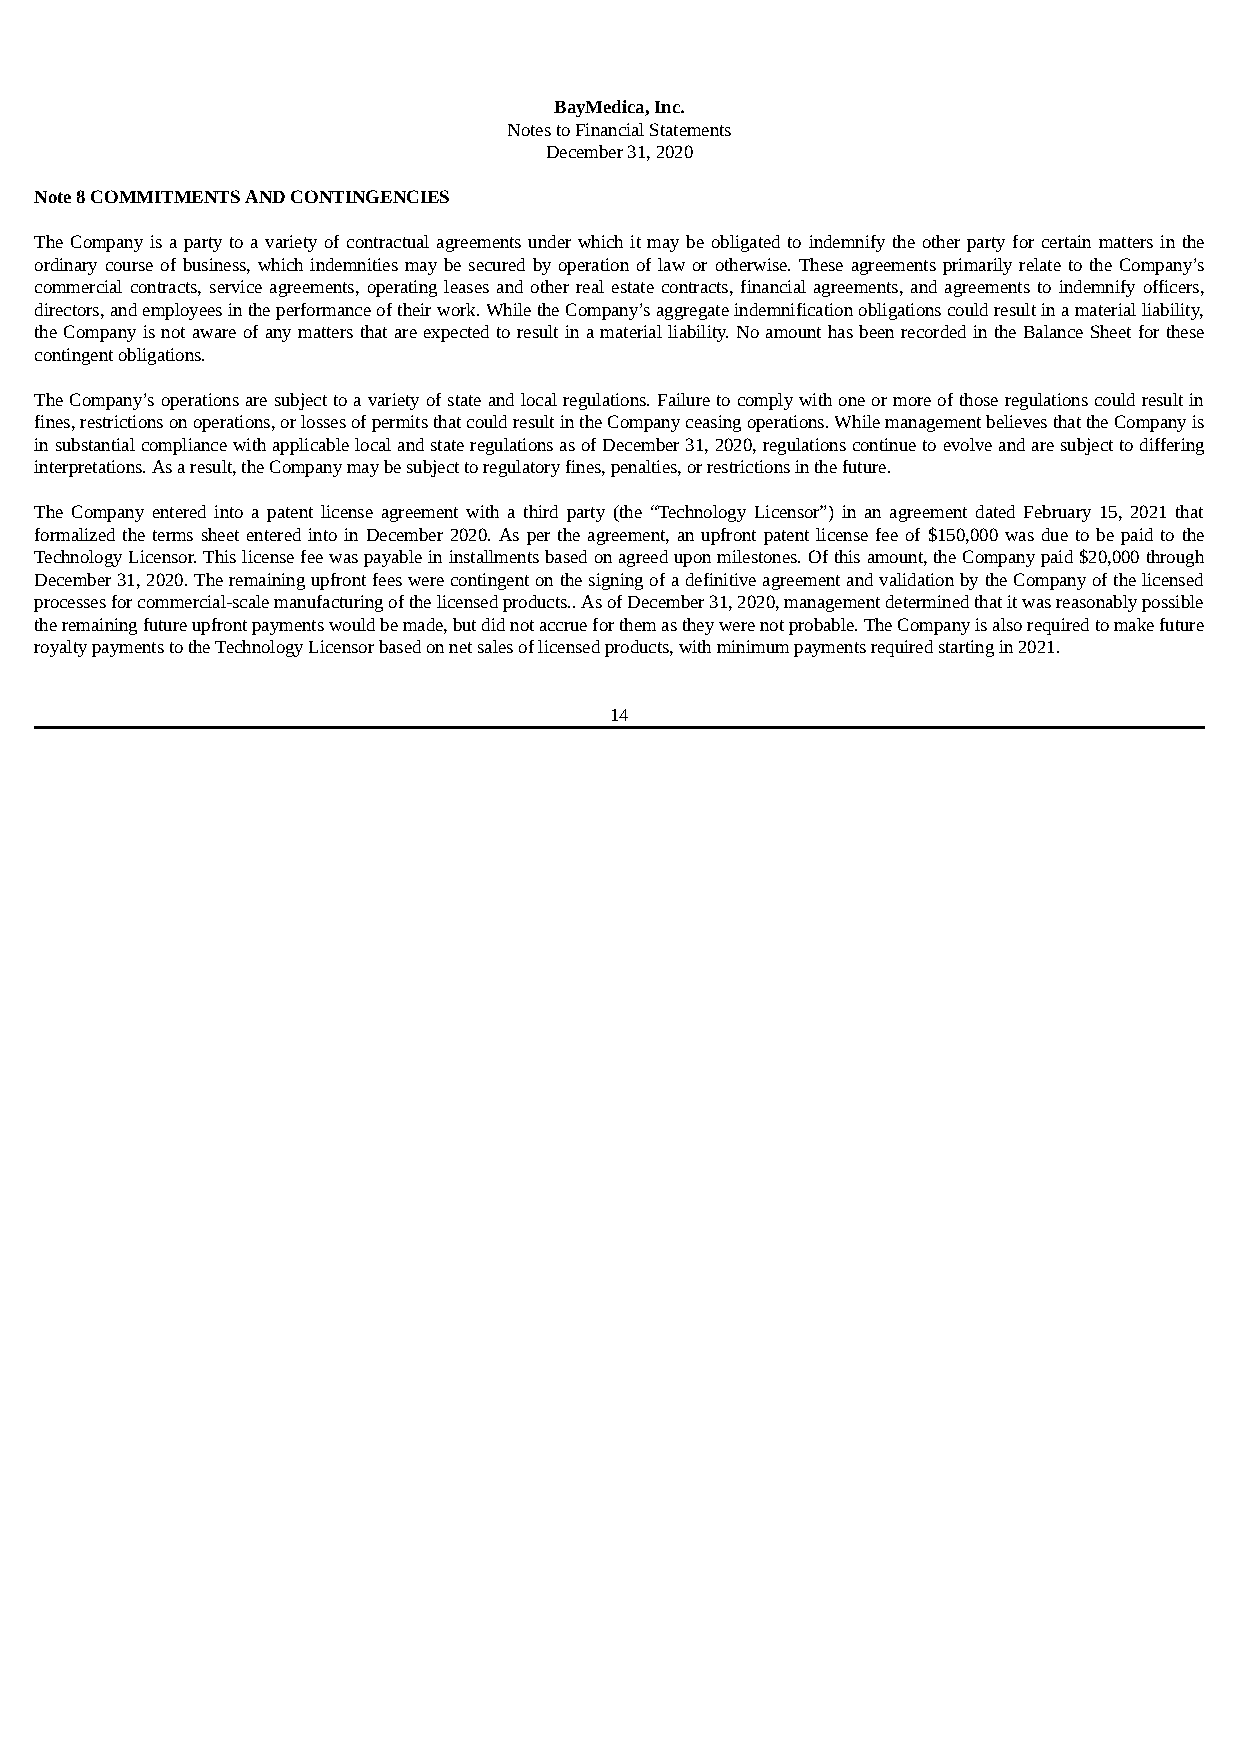
BayMedica, Inc.
 Notes to Financial Statements
 December 31, 2020
 Note 8 COMMITMENTS AND CONTINGENCIES
 The Company is a party to a variety of contractual agreements under which it may be obligated to indemnify the other party for certain matters in the
 ordinary course of business, which indemnities may be secured by operation of law or otherwise. These agreements primarily relate to the Company’s
 commercial contracts, service agreements, operating leases and other real estate contracts, financial agreements, and agreements to indemnify officers,
 directors, and employees in the performance of their work. While the Company’s aggregate indemnification obligations could result in a material liability,
 the Company is not aware of any matters that are expected to result in a material liability. No amount has been recorded in the Balance Sheet for these
 contingent obligations.
 The Company’s operations are subject to a variety of state and local regulations. Failure to comply with one or more of those regulations could result in
 fines, restrictions on operations, or losses of permits that could result in the Company ceasing operations. While management believes that the Company is
 in substantial compliance with applicable local and state regulations as of December 31, 2020, regulations continue to evolve and are subject to differing
 interpretations. As a result, the Company may be subject to regulatory fines, penalties, or restrictions in the future.
 The Company entered into a patent license agreement with a third party (the “Technology Licensor”) in an agreement dated February 15, 2021 that
 formalized the terms sheet entered into in December 2020. As per the agreement, an upfront patent license fee of $150,000 was due to be paid to the
 Technology Licensor. This license fee was payable in installments based on agreed upon milestones. Of this amount, the Company paid $20,000 through
 December 31, 2020. The remaining upfront fees were contingent on the signing of a definitive agreement and validation by the Company of the licensed
 processes for commercial-scale manufacturing of the licensed products.. As of December 31, 2020, management determined that it was reasonably possible
 the remaining future upfront payments would be made, but did not accrue for them as they were not probable. The Company is also required to make future
 royalty payments to the Technology Licensor based on net sales of licensed products, with minimum payments required starting in 2021.
 14